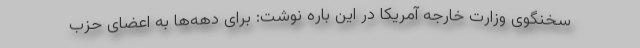
سخنگوی وزارت خارجه آمریکا در این باره نوشت: برای دهه‌ها به اعضای حزب